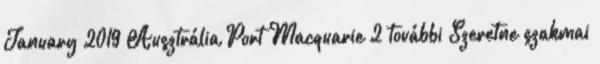
January 2019 Ausztrália Port Macquarie 2 további Szeretne szakmai